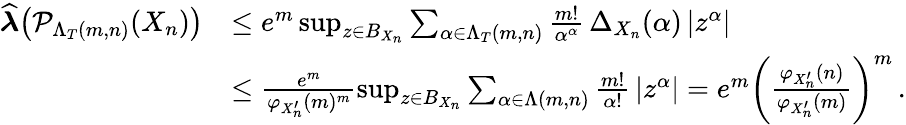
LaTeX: \begin{array}{rl}{\widehat{\boldsymbol{\lambda}}\big(\mathcal{P}_{\Lambda_{T}(m,n)}(X_{n})\big)}&{\leq e^{m}\operatorname*{sup}_{z\in B_{X_{n}}}\sum_{\alpha\in\Lambda_{T}(m,n)}\frac{m!}{\alpha^{\alpha}}\, \Delta_{X_{n}}(\alpha)\, |z^{\alpha}|}\\ &{\leq\frac{e^{m}}{\varphi_{X_{n}^{\prime}}(m)^{m}}\operatorname*{sup}_{z\in B_{X_{n}}}\sum_{\alpha\in\Lambda(m,n)}\frac{m!}{\alpha!}\, |z^{\alpha}|=e^{m}\bigg(\frac{\varphi_{X_{n}^{\prime}}(n)}{\varphi_{X_{n}^{\prime}}(m)}\bigg)^{m}\, .}\end{array}